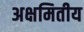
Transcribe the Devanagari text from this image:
अक्षमितीय